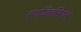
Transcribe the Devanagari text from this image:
रणजितसिंगाने